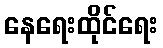
နေရေးထိုင်ရေး